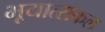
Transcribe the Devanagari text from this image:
भूयात्सकल